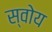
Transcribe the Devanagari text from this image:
स्वोय